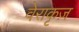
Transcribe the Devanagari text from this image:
वेराकृज़